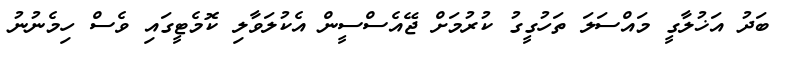
ބަދު އަޚުލާގީ މައްސަލަ ތަހުގީގު ކުރުމަށް ޖޭއެސްސީން އެކުލަވާލި ކޮމެޓީގައި ވެސް ހިމެނުނު